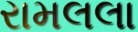
રામલલા